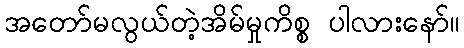
အတော်မလွယ်တဲ့အိမ်မှုကိစ္စ ပါလားနော်။